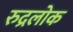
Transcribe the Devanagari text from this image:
रुद्रलोक